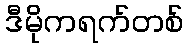
ဒီမိုကရက်တစ်